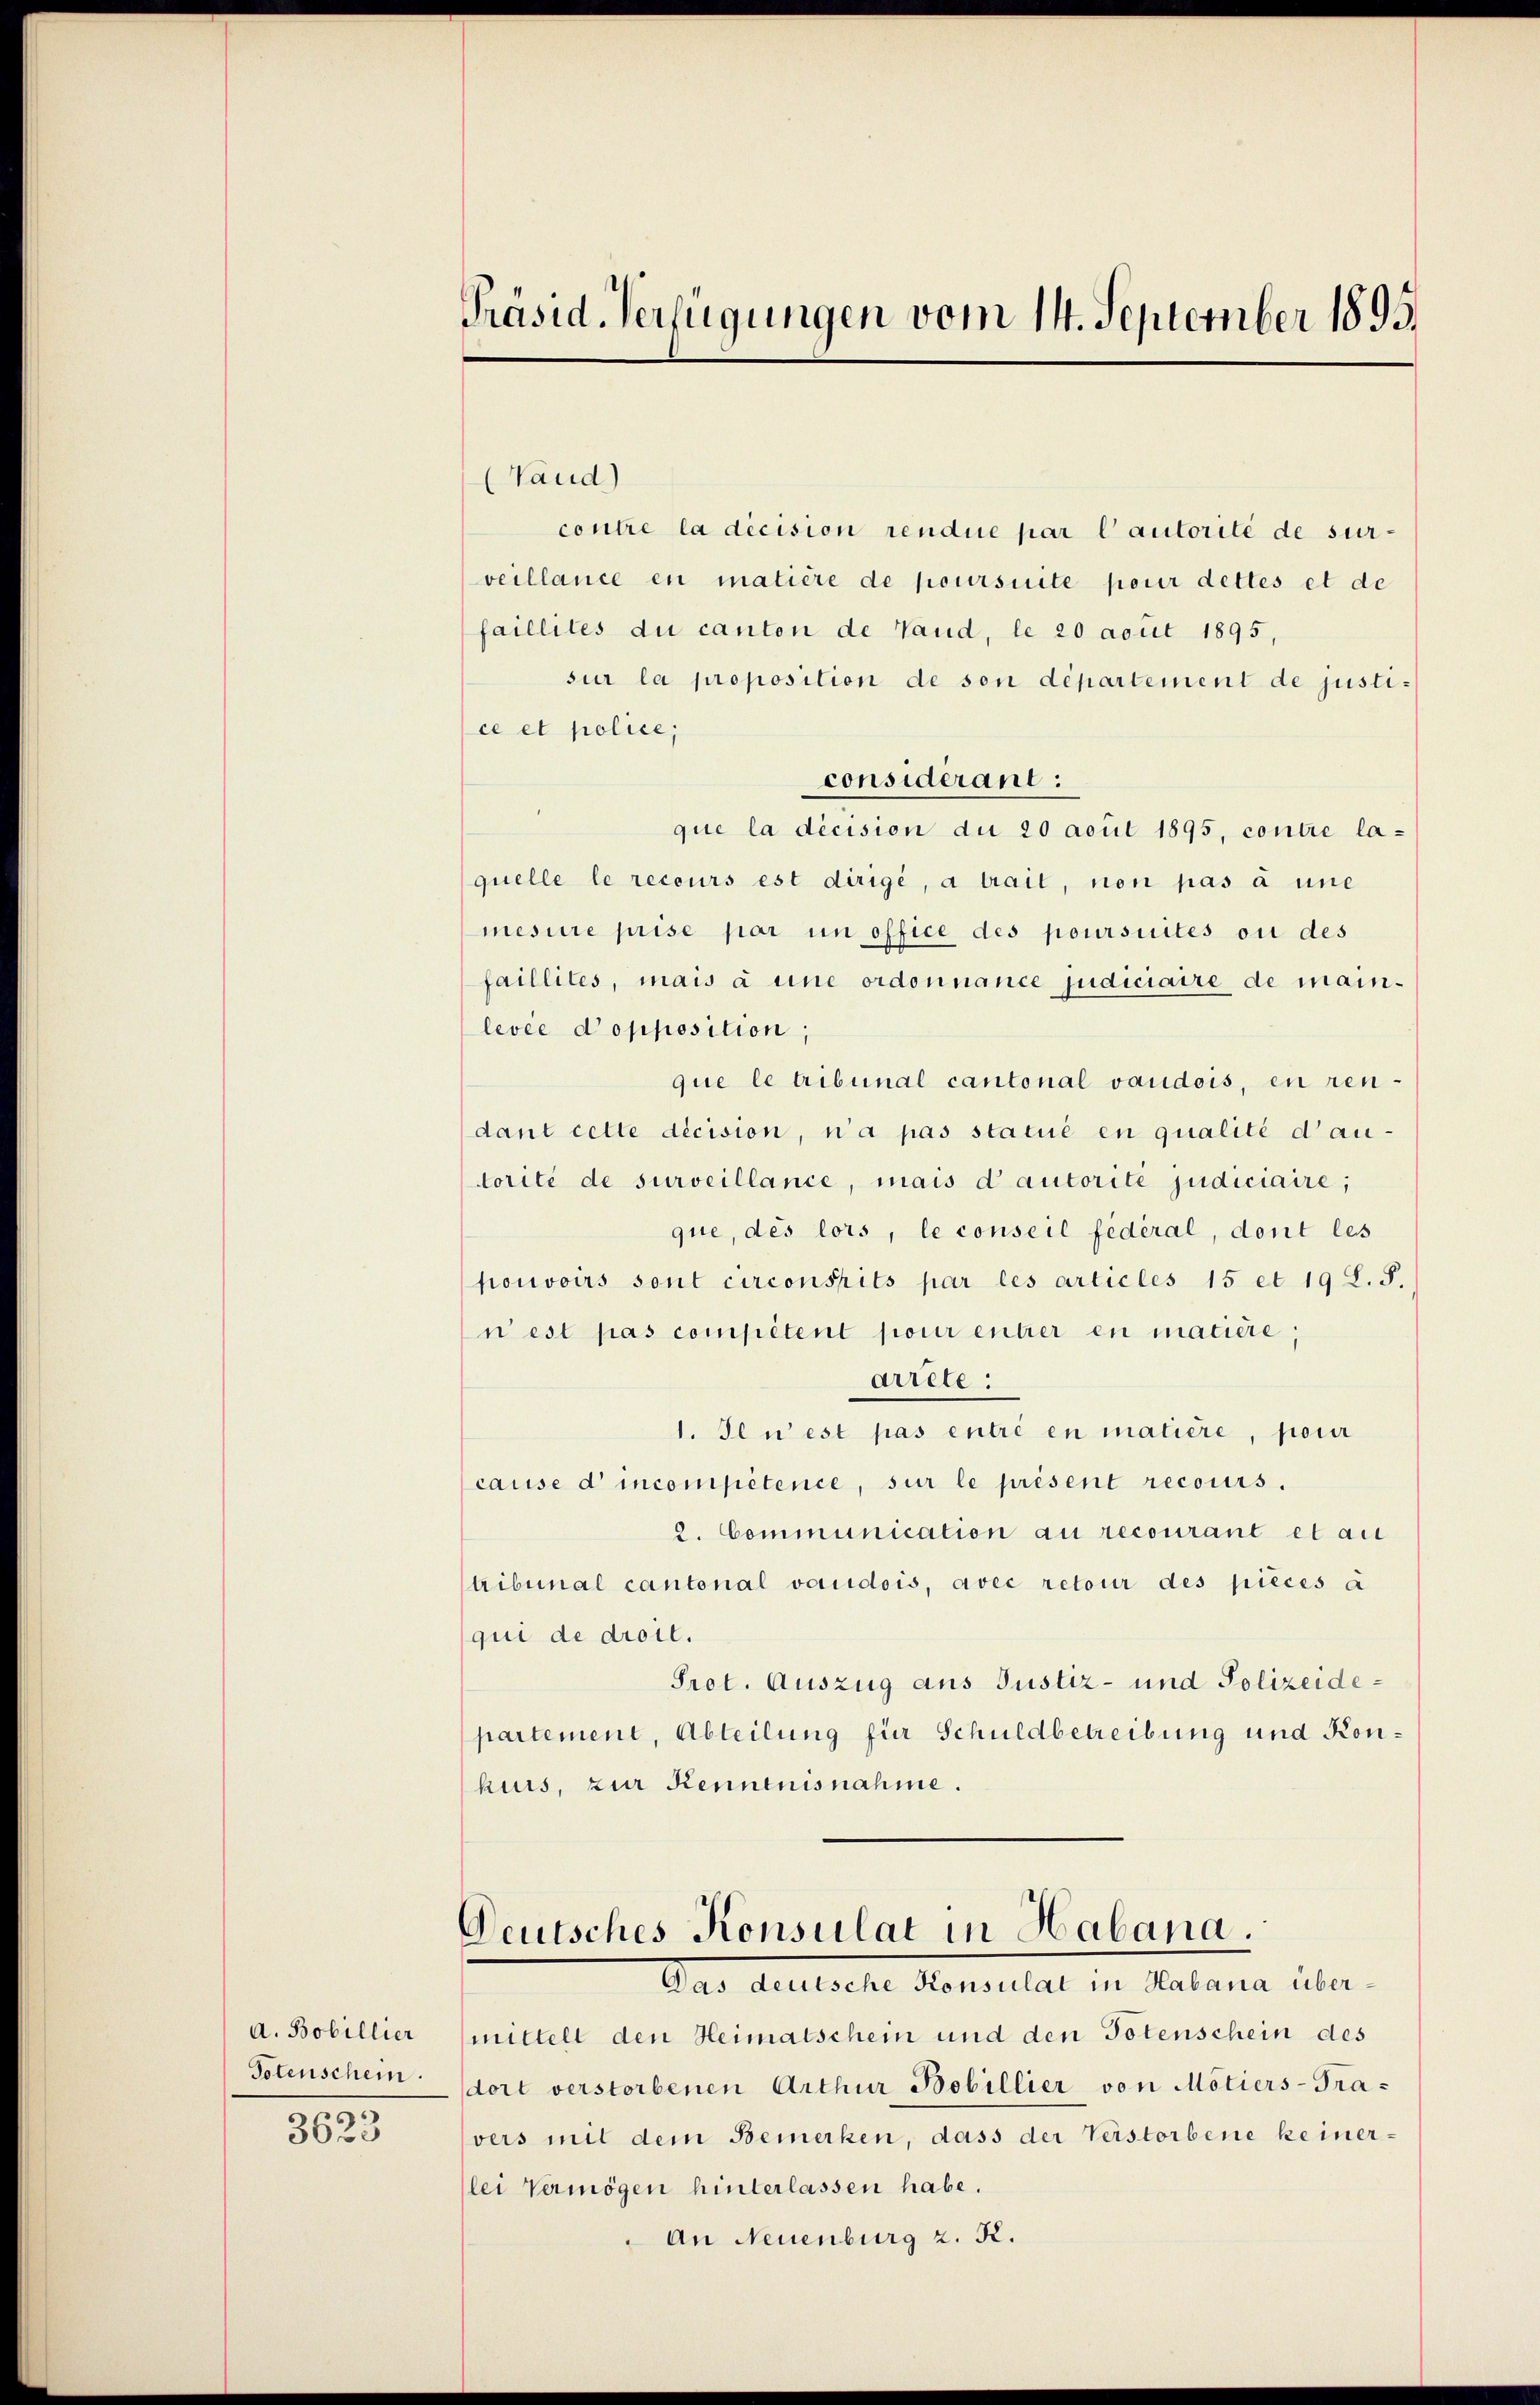
A. Bobillier
Totenschein.
1.
363

Präsid. Verfügungen vom 14. September 1895

(Vaud)
contre la décision rendue par lautorité de surveillance en matière de poursuite pour dettes et de
faillites du canton de Vaud, le 20 avut 1895,
sur la proposition de son département de justice et police,
considerant:
que la décision du 20 acuil 1895, contre la-
quelle le recours est dirige, a trait, non pas à une
mesure prise par un office des poursuites ou des
faillites, mais à une ordonnance judiciaire de main-
levée d’opposition;
que le tribunal cantonal vaudois, en rendant cette décision, n’a pas statué en qualité d’au-
torité de surveillance, mais d autorité judiciaire;
que, des lors, le conseil fédéral, dont les
pouvoirs sont circonseits par les articles 15 et 19 S. S.
n est pas compétent pour entrer en maciere,
arrete:
1. Il u est pas entré en matière, pour
cause d incompétence, sur le présent recours.
2. Communication au recourant et au
tribunal cantonal vaudois, avec retour des pièces a
qui de droit.
Pret. Auszug aus Justiz- und Polizeidepartement, Abteilung für Schuldbetreibung und Konhuis, zur Kennenisnahme.

Deutsches Konsulat in Habana.
Das deutsche Konsulat in Habana über¬

mittelt den Heimatschein und den Totenschein des
dort verstorbenen Arthur Bobillier von Motiers-Travers mit dem Bemerken, dass der Verstorbene keiner-
lei Vermögen hinterlassen habe.
An Neuenburg z. R.